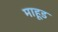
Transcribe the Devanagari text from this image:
माहूड